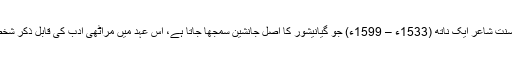
وارکری سنت شاعر ایک ناتھ (1533ء – 1599ء) جو گیانیشور کا اصل جانشین سمجھا جاتا ہے، اس عہد میں مراٹھی ادب کی قابل ذکر شخصیت ہے۔